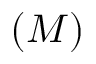
( M )